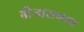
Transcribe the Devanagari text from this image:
बीजासमान